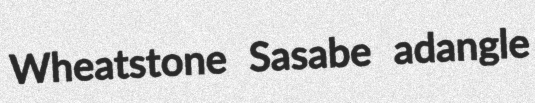
Wheatstone Sasabe adangle